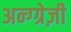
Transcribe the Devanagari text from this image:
अन्ग्ग्रेज़ी